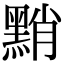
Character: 𪑊